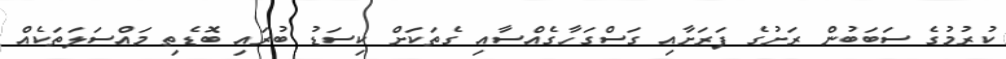
ކުރުމުގެ ސަބަބުން ރަށުގެ ފަރަށާއި ގަސްގަހާގެއްސާއި ގެތަކަށް ކިސަޑު ބުރައި ބޮޑެތި މައްސަލަތަކެއް